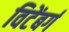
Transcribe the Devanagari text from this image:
विटेंबर्ग